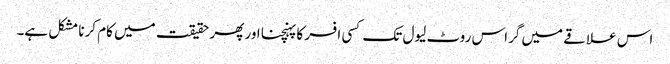
اس علاقے میں گراس روٹ لیول تک کسی افسر کا پہنچنا اور پھر حقیقت میں کام کرنا مشکل ہے۔